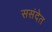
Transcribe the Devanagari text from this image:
ससंदेत